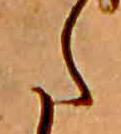
た